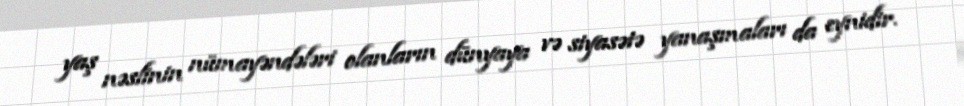
yaş nəslinin nümayəndələri olanların dünyaya və siyasətə yanaşmaları da eynidir.